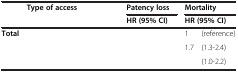
<table><thead><tr><td>[EMPTY_CELL]</td><td colspan="2"><b>Type of access</b></td><td rowspan="2">[EMPTY_CELL]</td><td colspan="2"><b>Patency loss</b></td><td colspan="2"><b>Mortality</b></td></tr><tr><td>[EMPTY_CELL]</td><td colspan="2">[EMPTY_CELL]</td><td colspan="2"><b>HR (95% CI)</b></td><td colspan="2"><b>HR (95% CI)</b></td></tr></thead><tbody><tr><td><b>Total</b></td><td>[EMPTY_CELL]</td><td>[EMPTY_CELL]</td><td>[EMPTY_CELL]</td><td>[EMPTY_CELL]</td><td>[EMPTY_CELL]</td><td>1</td><td>(reference)</td></tr><tr><td>[EMPTY_CELL]</td><td>[EMPTY_CELL]</td><td>[EMPTY_CELL]</td><td>[EMPTY_CELL]</td><td>[EMPTY_CELL]</td><td>[EMPTY_CELL]</td><td>1.7</td><td>(1.3-2.4)</td></tr><tr><td>[EMPTY_CELL]</td><td colspan="2">[EMPTY_CELL]</td><td>[EMPTY_CELL]</td><td>[EMPTY_CELL]</td><td>[EMPTY_CELL]</td><td>[EMPTY_CELL]</td><td>(1.0-2.2)</td></tr></tbody></table>